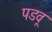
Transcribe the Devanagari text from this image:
पडवू